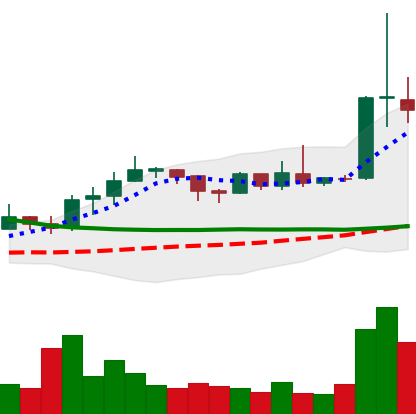
Ticker: ETC-USD
Chart end date: 2019-04-04
Forward return: 30.44%
Label: up_7plus